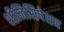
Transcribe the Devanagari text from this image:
शीनिसिषेशन